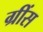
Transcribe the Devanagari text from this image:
ग्रींस